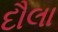
દૌલા